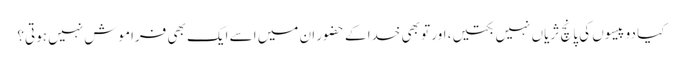
کیا دو پیسوں کی پانچ ثریاں نہیں بکتیں، اور تو بھی خدا کے حضور ان میں اسے ایک بھی فراموش نہیں ہوتی؟